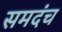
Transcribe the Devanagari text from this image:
समदंच